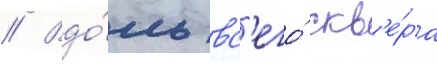
// Вдо́ль вс'его́ скв'е́ра